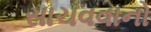
સાચવવાનો